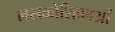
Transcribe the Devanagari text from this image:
लसकोशिकाओं